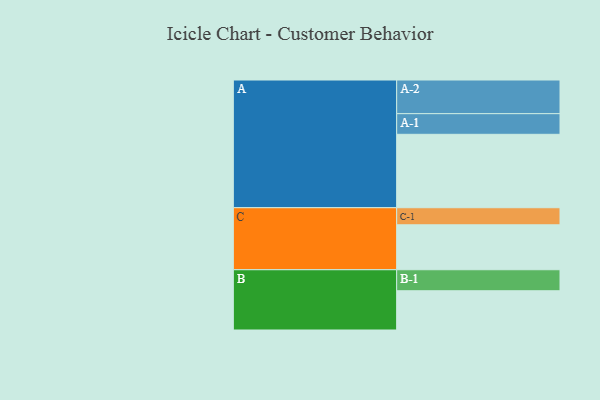
{"axis": {"x": "Segment", "y": "Value"}, "legend": ["", "A", "B", "C"], "data": [{"x": "A", "y": 580, "type": ""}, {"x": "B", "y": 310, "type": ""}, {"x": "C", "y": 355, "type": ""}, {"x": "A-1", "y": 163, "type": "A"}, {"x": "A-2", "y": 266, "type": "A"}, {"x": "B-1", "y": 166, "type": "B"}, {"x": "C-1", "y": 135, "type": "C"}]}